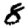
Digit: 8